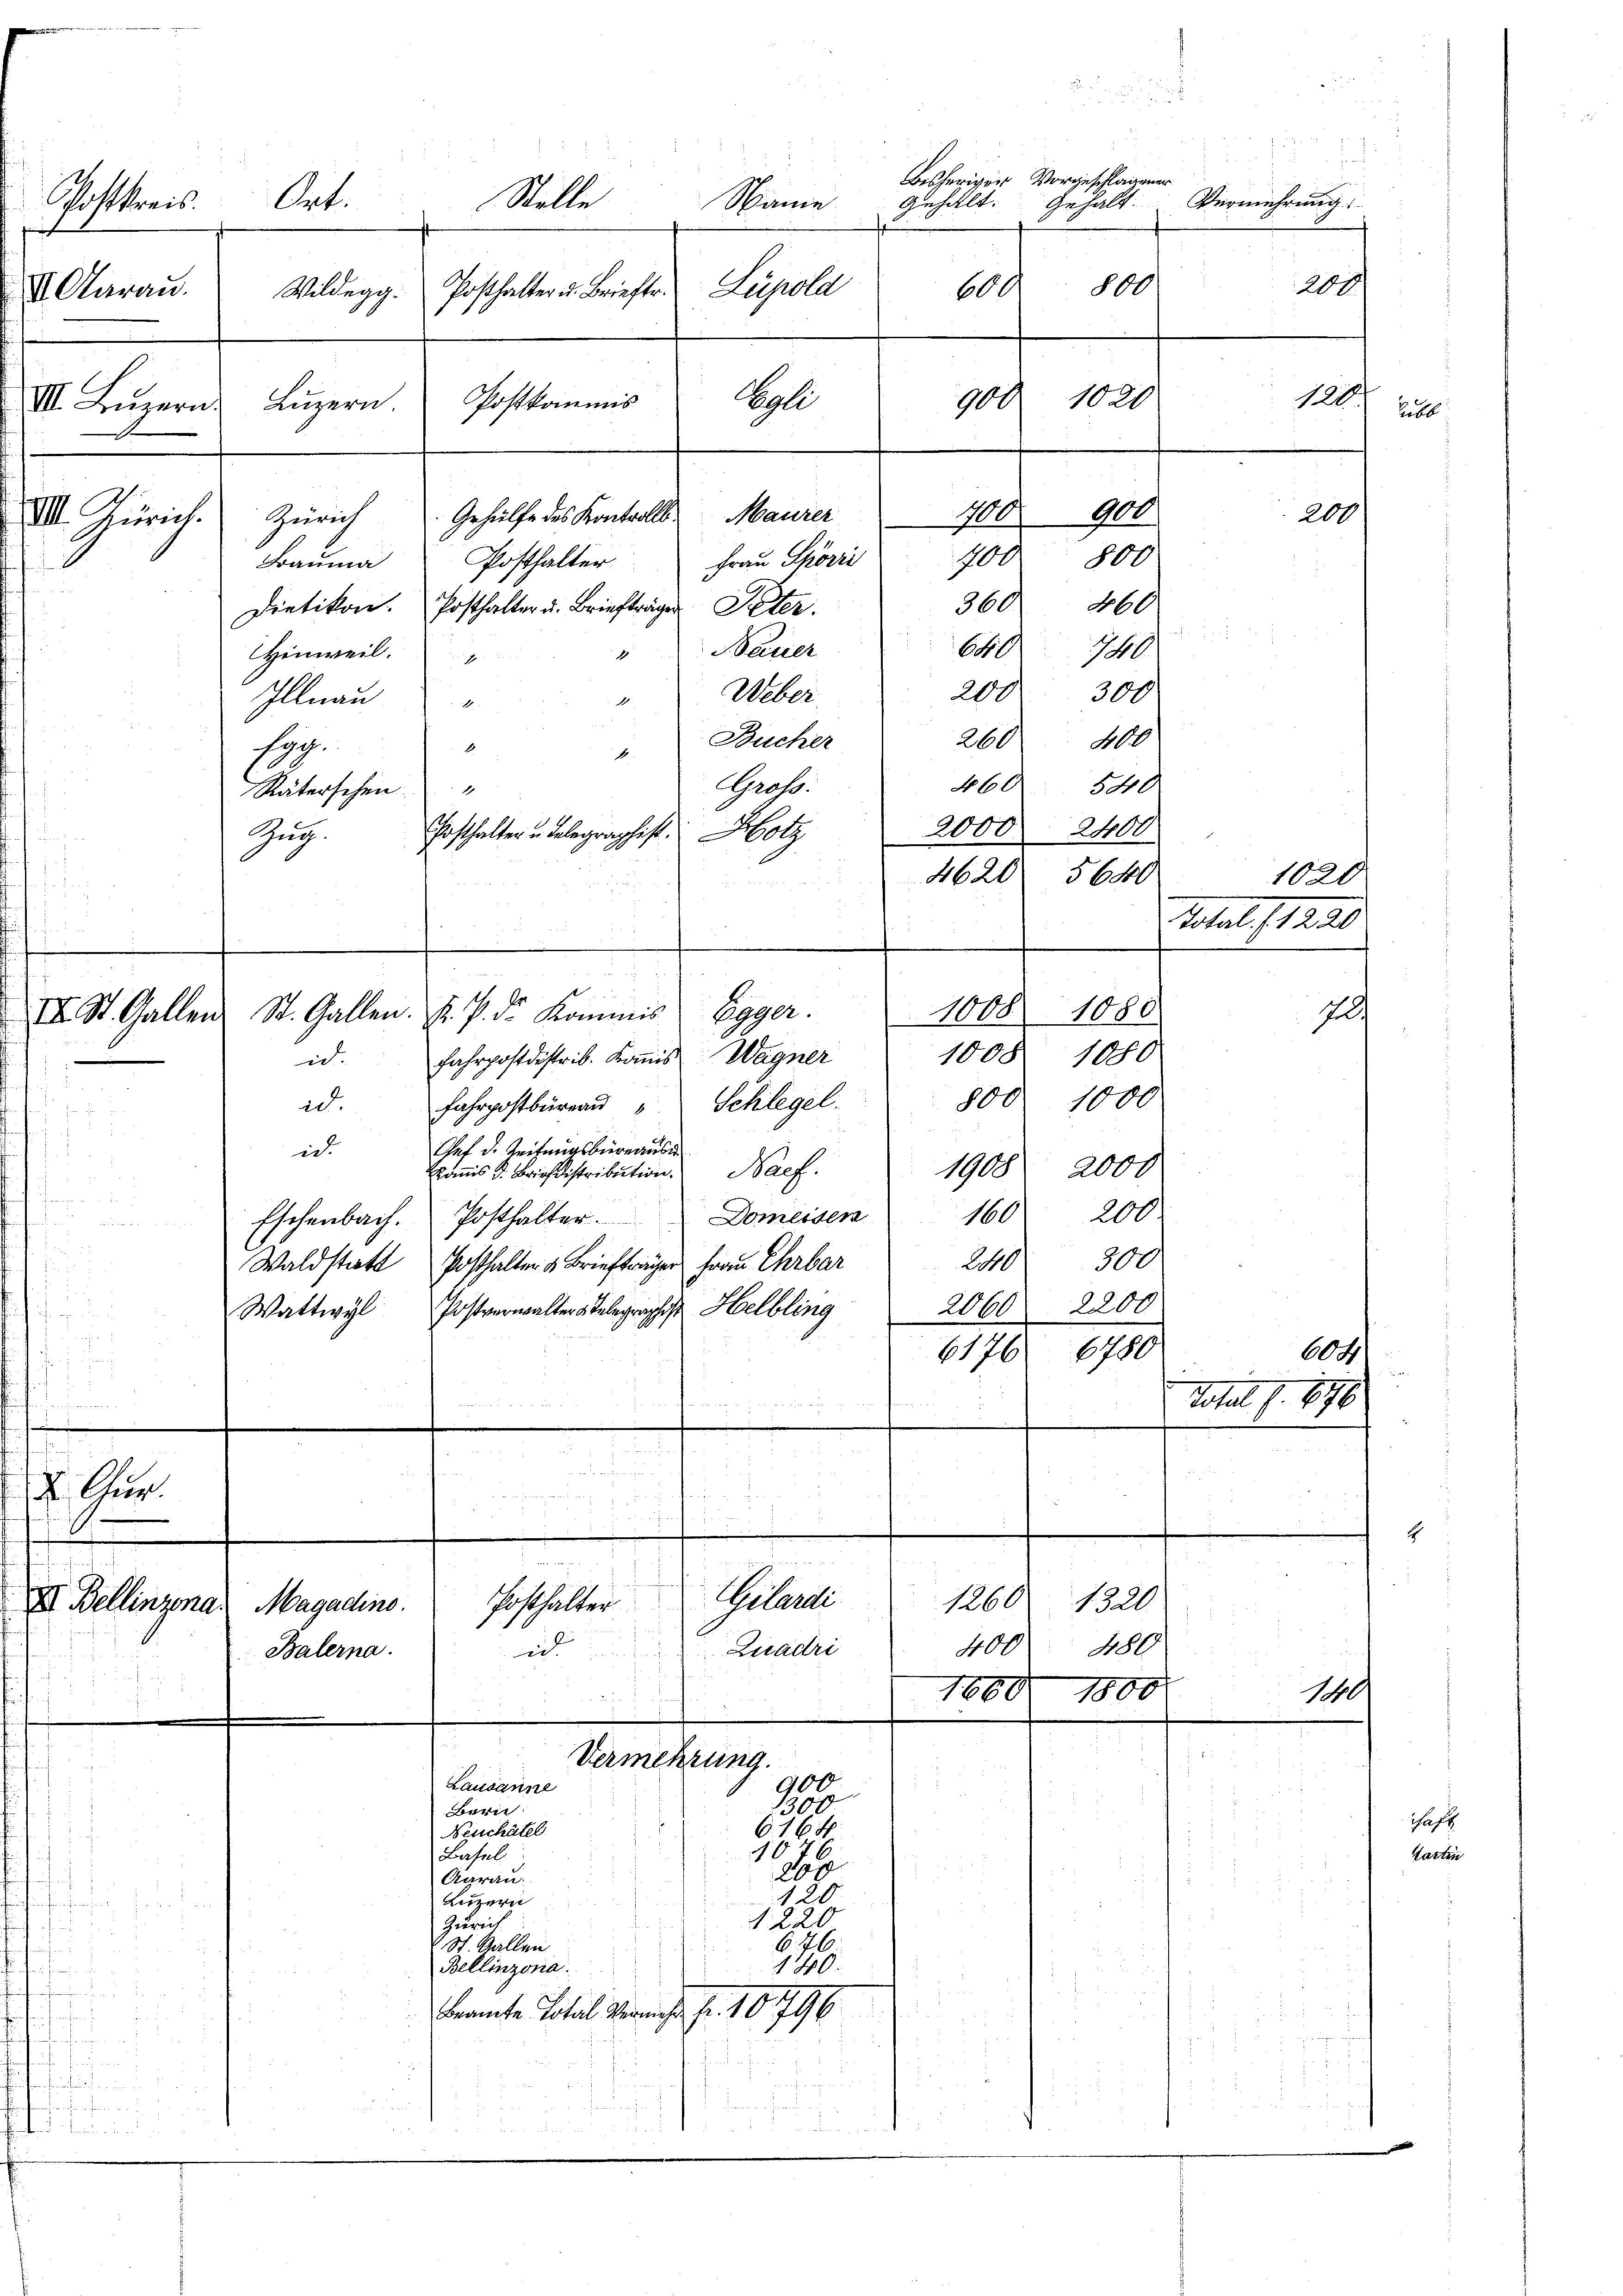
Postkreis.
VI. Aarau

Bisheriger Vorgeschlagener
Stelle
Gehalt.
Ort.
Gehält.
Name
800
Hupelle
600
Wildegg. Posthalter u. Brieftr.
1020
Sogle
Postkommis
900
VII. Luzern Luzern

VII. Zürich.

. Cur

XI. Bellinzona Magadino.

Zürich Gehülfe des Kontrolls. Maurer
Frau Skorri
Bauma Posthalter
Dietikon. Posthalter u. Briefträger Peter.
Bauer
1
Hinweil.
Weber
Illnau
1
Bucher
sog.
6
4.
Grots:
Räterschen
Posthalter u Telegraphist. Ho
Zug.
.
.
II. St. Gallen St. Gallen. F. P. dr. Kommis Egger.
fahrpostdistrib. Kommis Wagner
ich
Fahrpostbüreau Schlegel.
ad.
Chef d. Reifungsbureausi
ich
Nacf.
Komis d. Briefdistribution.
Domeisen
Eschenbach. Posthalter.
Waldstatt Posthalter & Briefträger Frau Ehrbar
Wattwyl Postverwalters Telegraphist Helbling
 ihnen einen
n
 wurde andern zur

Bern
Neuchâtel
Basel.
Aarau
Luzern
Zürich
St. Gallen
Bellinzona.
Beamte Total Vermehr Fr. 10796

Vermehrung.
Lausanne

900

in und
Geberdi
Posthalter
id Quadri
Balerna.

1300
616 f.
10
b
120
1220
646
140

1008 1880
1008. 1080
800. 1000
2000
1908
200
160
300
0
2060 2200
6176. 6780

400 900
100
800
360.
460
640. 740.
200. 300
260
A0
460 540
2000 2400
4620 5640
1020
Fatal, 1220

1260 1320
400 480
1680. 1800

t

Vermehrung

19

200

120. Jull

200

1.

chaft
tartin